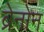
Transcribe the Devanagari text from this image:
ब्रेनोन